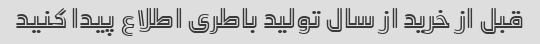
قبل از خرید از سال تولید باطری اطلاع پیدا کنید